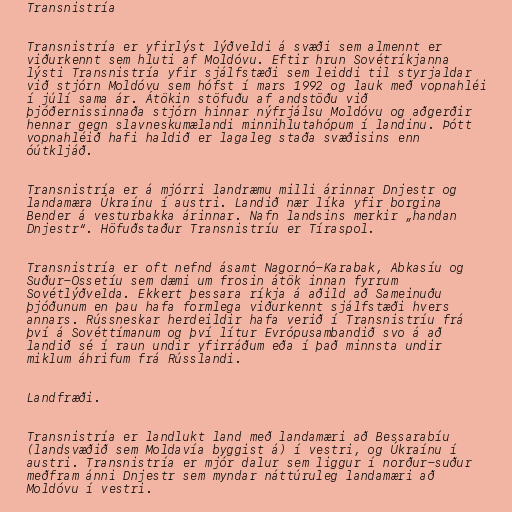
Transnistría

Transnistría er yfirlýst lýðveldi á svæði sem almennt er
viðurkennt sem hluti af Moldóvu. Eftir hrun Sovétríkjanna
lýsti Transnistría yfir sjálfstæði sem leiddi til styrjaldar
við stjórn Moldóvu sem hófst í mars 1992 og lauk með vopnahléi
í júlí sama ár. Átökin stöfuðu af andstöðu við
þjóðernissinnaða stjórn hinnar nýfrjálsu Moldóvu og aðgerðir
hennar gegn slavneskumælandi minnihlutahópum í landinu. Þótt
vopnahléið hafi haldið er lagaleg staða svæðisins enn
óútkljáð.

Transnistría er á mjórri landræmu milli árinnar Dnjestr og
landamæra Úkraínu í austri. Landið nær líka yfir borgina
Bender á vesturbakka árinnar. Nafn landsins merkir „handan
Dnjestr“. Höfuðstaður Transnistríu er Tíraspol.

Transnistría er oft nefnd ásamt Nagornó-Karabak, Abkasíu og
Suður-Ossetíu sem dæmi um frosin átök innan fyrrum
Sovétlýðvelda. Ekkert þessara ríkja á aðild að Sameinuðu
þjóðunum en þau hafa formlega viðurkennt sjálfstæði hvers
annars. Rússneskar herdeildir hafa verið í Transnistríu frá
því á Sovéttímanum og því lítur Evrópusambandið svo á að
landið sé í raun undir yfirráðum eða í það minnsta undir
miklum áhrifum frá Rússlandi.

Landfræði.

Transnistría er landlukt land með landamæri að Bessarabíu
(landsvæðið sem Moldavía byggist á) í vestri, og Úkraínu í
austri. Transnistría er mjór dalur sem liggur í norður-suður
meðfram ánni Dnjestr sem myndar náttúruleg landamæri að
Moldóvu í vestri.